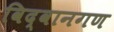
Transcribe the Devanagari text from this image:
विद्वानगण